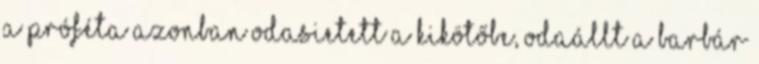
A Próféta azonban odasietett a kikötőbe, odaállt a barbár